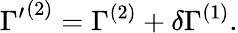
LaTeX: {\Gamma^{\prime}}^{(2)}=\Gamma^{(2)}+\delta\Gamma^{(1)}.